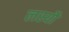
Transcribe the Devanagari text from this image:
लस्यौ